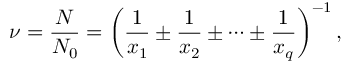
\nu = \frac { N } { N _ { 0 } } = \left( \frac { 1 } { x _ { 1 } } \pm \frac { 1 } { x _ { 2 } } \pm \dots \pm \frac { 1 } { x _ { q } } \right) ^ { - 1 } ,